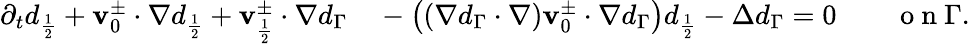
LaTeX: \begin{array}{rl}{\partial_{t}d_{\frac{1}{2}}+\mathbf{v}_{0}^{\pm}\cdot\nabla d_{\frac{1}{2}}+\mathbf{v}_{\frac{1}{2}}^{\pm}\cdot\nabla d_{\Gamma}}&{{}-\left((\nabla d_{\Gamma}\cdot\nabla)\mathbf{v}_{0}^{\pm}\cdot\nabla d_{\Gamma}\right)d_{\frac{1}{2}}-\Delta d_{\Gamma}=0\qquad\mathrm{~o~n~}\Gamma.}\end{array}